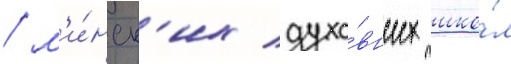
/ м'и́нск'их духо́вных шко́л